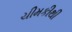
ચીમકીથી